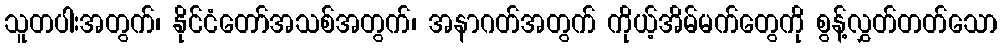
သူတပါးအတွက်၊ နိုင်ငံတော်အသစ်အတွက်၊ အနာဂတ်အတွက် ကိုယ့်အိမ်မက်တွေကို စွန့်လွှတ်တတ်သော